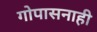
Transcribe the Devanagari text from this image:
गोपासनाही